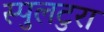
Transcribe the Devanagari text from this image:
स्पुलटुरा